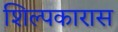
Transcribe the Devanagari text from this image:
शिल्पकारास